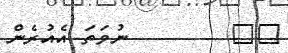
٤٦        ނުވަތަ އެއުރެން